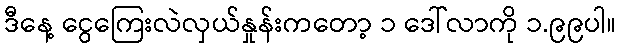
ဒီနေ့ ငွေကြေးလဲလှယ်နှုန်းကတော့ ၁ ဒေါ်လာကို ၁.၉၉ပါ။